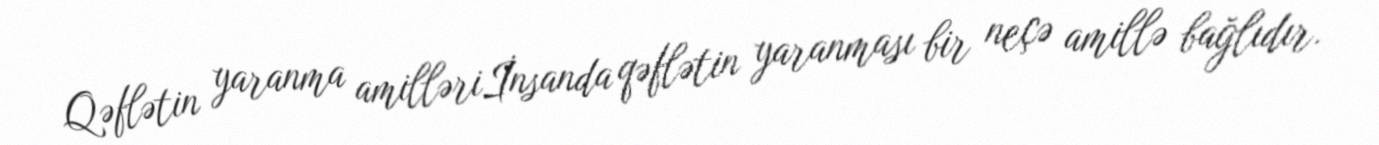
Qəflətin yaranma amilləriİnsanda qəflətin yaranması bir neçə amillə bağlıdır.